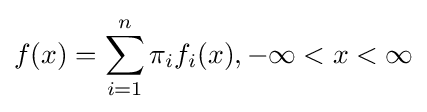
f(x)=\sum _{i=1}^{n}\pi _{i}f_{i}(x),-\infty <x<\infty